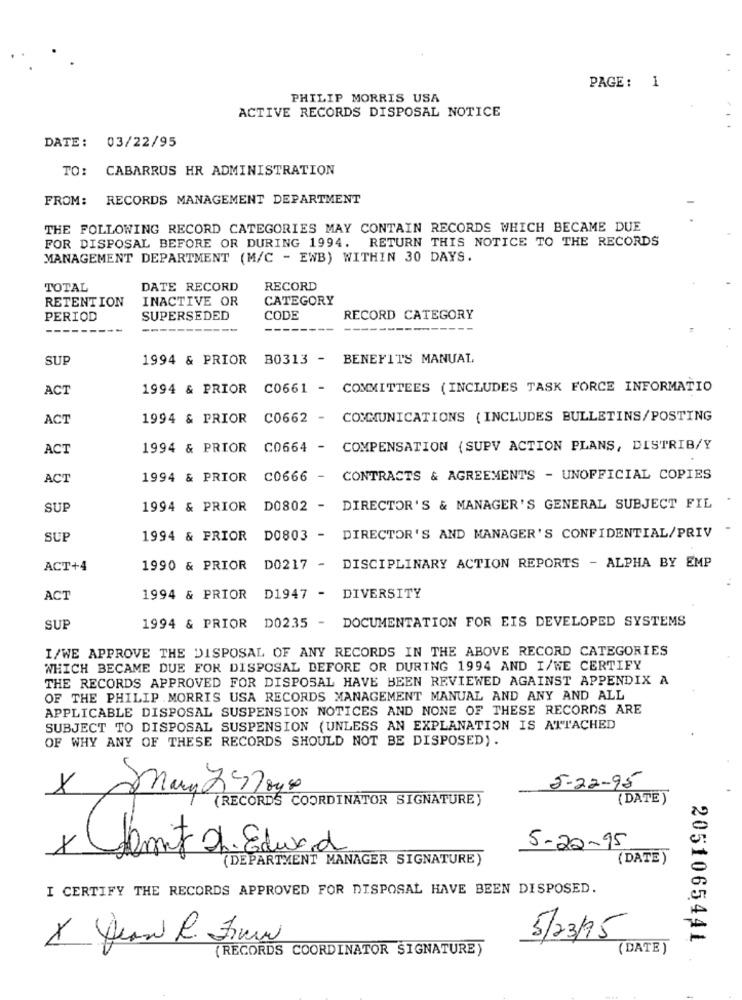
PAGE: 1
PHILIP MORRIS USA
ACTIVE RECORDS DISPOSAL NOTICE
DATE: 03/22/95
TO: CABARRUS HR ADMINISTRATION
FROM: RECORDS MANAGEMENT DEPARTMENT
THE FOLLOWING RECORD CATEGORIES MAY CONTAIN RECORDS WHICH BECAME DUE
FOR DISPOSAL BEFORE OR DURING 1994. RETURN THIS NOTICE TO THE RECORDS
MANAGEMENT DEPARTMENT (M/C - EWB) WITHIN 30 DAYS.
TOTAL
DATE RECORD
RECORD
RETENTION
INACTIVE OR
CATEGORY
PERIOD
SUPERSEDED
CODE
RECORD CATEGORY
-----------
--------
-----
SUP
1994 & PRIOR
B0313 - BENEFITS MANUAL
ACT
1994 & PRIOR
C0661 - COMMITTEES (INCLUDES TASK FORCE INFORMATIO
ACT
1994 & PRIOR
C0662 - COMMUNICATIONS ( INCLUDES BULLETINS/POSTING
ACT
1994 & PRIOR
C0664 - COMPENSATION (SUPV ACTION PLANS, DISTRIB/Y
ACT
1994 & PRIOR
C0666 - CONTRACTS & AGREEMENTS - UNOFFICIAL COPIES
SUP
1994 & PRIOR
D0802 - DIRECTOR'S & MANAGER'S GENERAL SUBJECT FIL
SUP
1994 & FRIOR
D0803 - DIRECTOR'S AND MANAGER'S CONFIDENTIAL/PRIV
ACT+4
1990 & PRIOR
D0217 - DISCIPLINARY ACTION REPORTS - ALPHA BY EMP
ACT
1994 & PRIOR D1947 - DIVERSITY
1994 & PRIOR DO235 - DOCUMENTATION FOR EIS DEVELOPED SYSTEMS
SUP
I/WE APPROVE THE DISPOSAL OF ANY RECORDS IN THE ABOVE RECORD CATEGORIES
WHICH BECAME DUE FOR DISPOSAL BEFORE OR DURING 1994 AND I/WE CERTIFY
THE RECORDS APPROVED FOR DISPOSAL HAVE BEEN REVIEWED AGAINST APPENDIX A
OF THE PHILIP MORRIS USA RECORDS MANAGEMENT MANUAL AND ANY AND ALL
APPLICABLE DISPOSAL SUSPENSION NOTICES AND NONE OF THESE RECORDS ARE
SUBJECT TO DISPOSAL SUSPENSION (UNLESS AN EXPLANATION IS ATTACHED
OF WHY ANY OF THESE RECORDS SHOULD NOT BE DISPOSED).
5-22-95
(RECORDS COORDINATOR SIGNATURE)
(DATE)
1
5-22-95
Hamit Dr. Edward
(DEPARTMENT MANAGER SIGNATURE)
( DATE)
I CERTIFY THE RECORDS APPROVED FOR DISPOSAL HAVE BEEN DISPOSED.
X quand R. Zima
5/23/95
2051065441
(RECORDS COORDINATOR SIGNATURE)
(DATE )